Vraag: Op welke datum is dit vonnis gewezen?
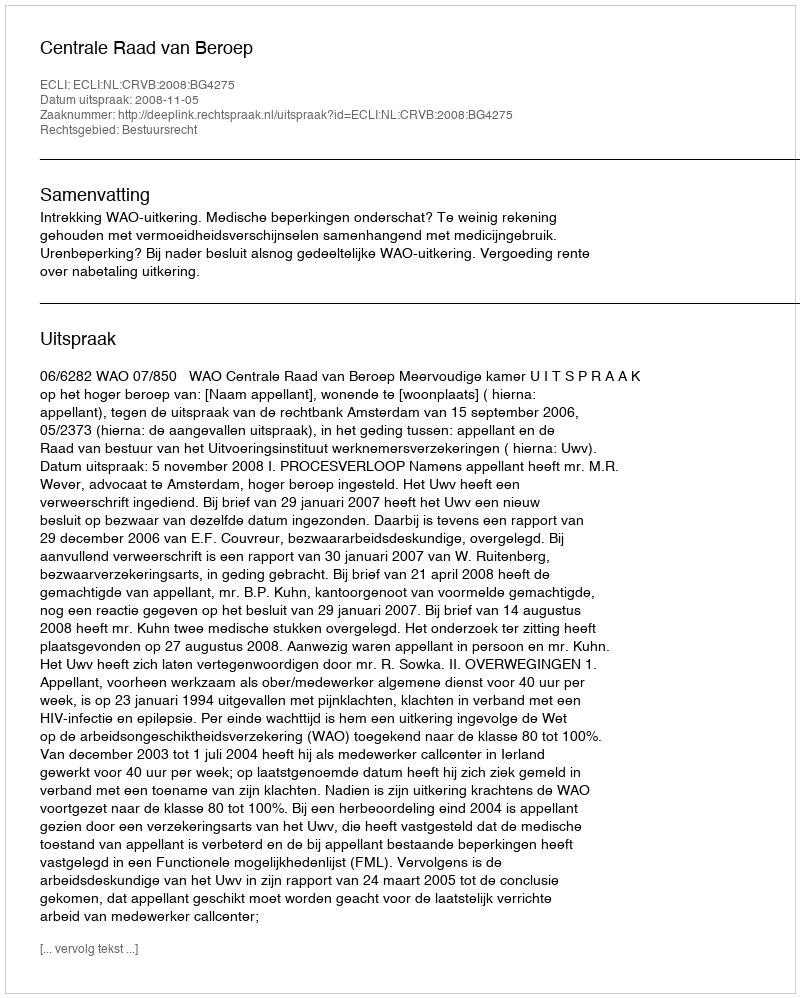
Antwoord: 2008-11-05